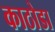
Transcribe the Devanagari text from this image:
काठोडा